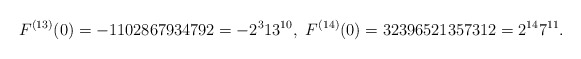
\begin{align*}F^{(13)}(0)=-1102867934792=-2^{3}13^{10},\ F^{(14)}(0)=32396521357312=2^{14}7^{11}.\end{align*}